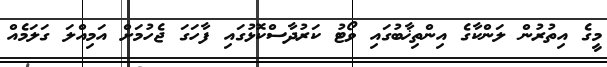
މީގެ އިތުރުން ލަންކާގެ އިންތިޚާބުގައި ވޯޓު ކަރުދާސްކޮޅުގައި ފާހަގަ ޖެހުމަށް އަމިއްލަ ގަލަމެއް